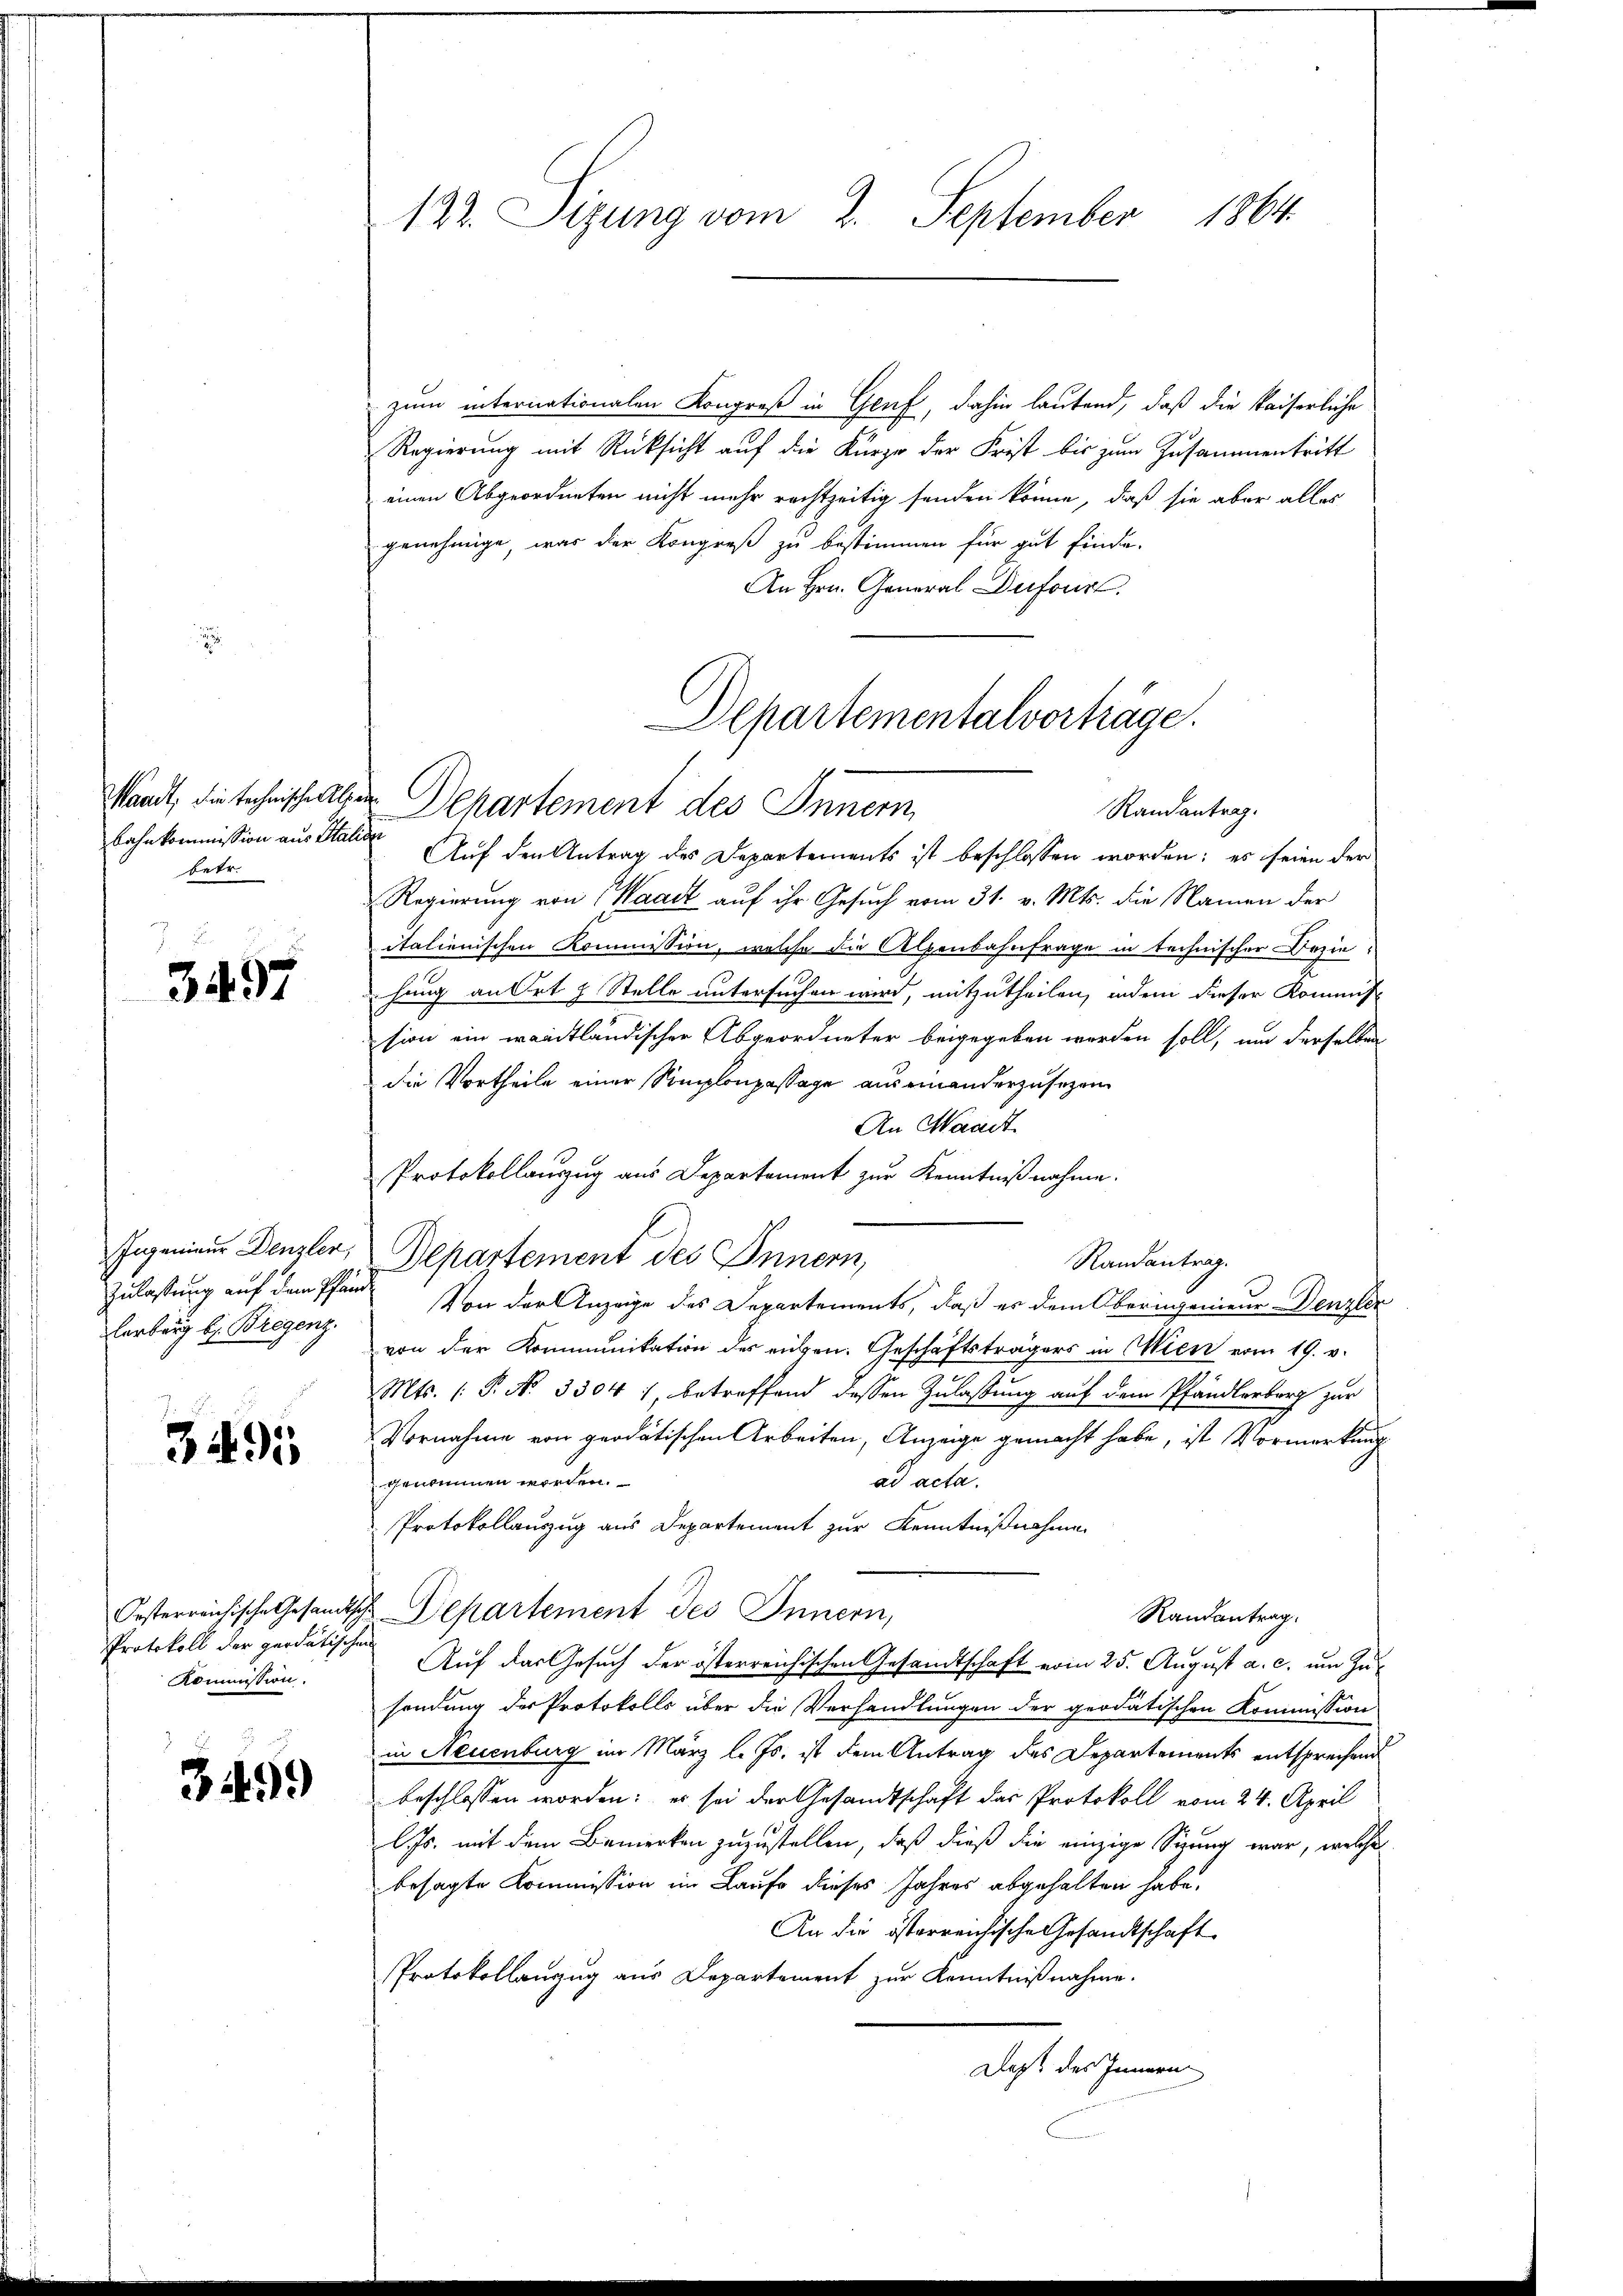
Waadt, die technische Alin
betr.

e
3497

Ingenieur Denzler,
erberg b. Bregenz.

3495

Protokoll der perdätischen
Kommission.

34499

122. Sizung vom 2. September 1864.

zum internationalen Kongreß in Genf, dahin lautend, daß die kaiserliche
Regierung mit Rücksicht auf die Kürze der Frist bis zum Zusammentritt
einen Abgeordneten nicht mehr rechtzeitig senden könne, daß sie aber alles
genehmige, was der Kongreß zu bestimmen für gut finde.
An Hrn. General Dufourt.
bahnkommission aus Italien Auf den Antrag des Departements ist beschlossen worden; es seien der
Regierung von Waadt auf ihr Gesuch vom 31. v. Mts. die Namen der
italienischen Kommission, welche die Alpenbahnfrage in technischer Beziehung an Ort & Stelle untersuchen wird, mitzutheilen, indem dieser Kommiss
sion ein waadtländischen Abgeordneter beigegeben werden soll, um derselben
die Vortheile einer Somplonpassage aus einanderzusehen
An Waadt
Protokollauszug aus Departement zur Kenntnißnahme.
Departement des Innern,
Randantrag.
Zulassung auf dem Pfand. Von der Anzeige des Departements, daß er dem Oberingenieur Denzler
von der Kommunikation des eigen. Geschäftsträgers in Wien vom 19. v.
Mts. (: P. No 33041, betreffend dessen Zulassung auf dem Pfändlerberg zur
Vornahme von geodätischen Arbeiten, Anzeige gemacht habe, ist Vormerkung
ad acta.
z genommen worden.
Protokollauszug aus Departement zur Kenntnißnahme
Orsterreichische Gesandtsche Departement des Innern,
Randantrag.
Auf das Gesuch der österreichischen Gesandtschaft vom 25. August a. c. um Zusendung des Protokolls über die Verhandlungen der geodatischen Kommission
in Neuenburg im März l. Js. ist dem Antrag des Departements entsprechend
beschlossen worden; es sei der Gesandtschaft das Protokoll vom 24. April
lJs. mit dem Bemerken zuzustellen, daß dieß die einzige Sitzung war, welche
besagte Kommission im Laufe dieses Jahres abgehalten habe.
An die österreichische Gesandtschaft
Protokollauszug aus Departement zur Kenntnißnahme.
Daß des Innern

Departementalvorträge.
Departement des Innern
Randantrag.